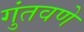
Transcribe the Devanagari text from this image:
गुंतवणे